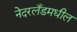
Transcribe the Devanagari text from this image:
नेदरलँडमधील